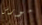
مورس